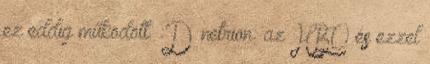
ez eddig működött. :D netrion: az HBO és ezzel